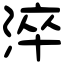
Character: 淬